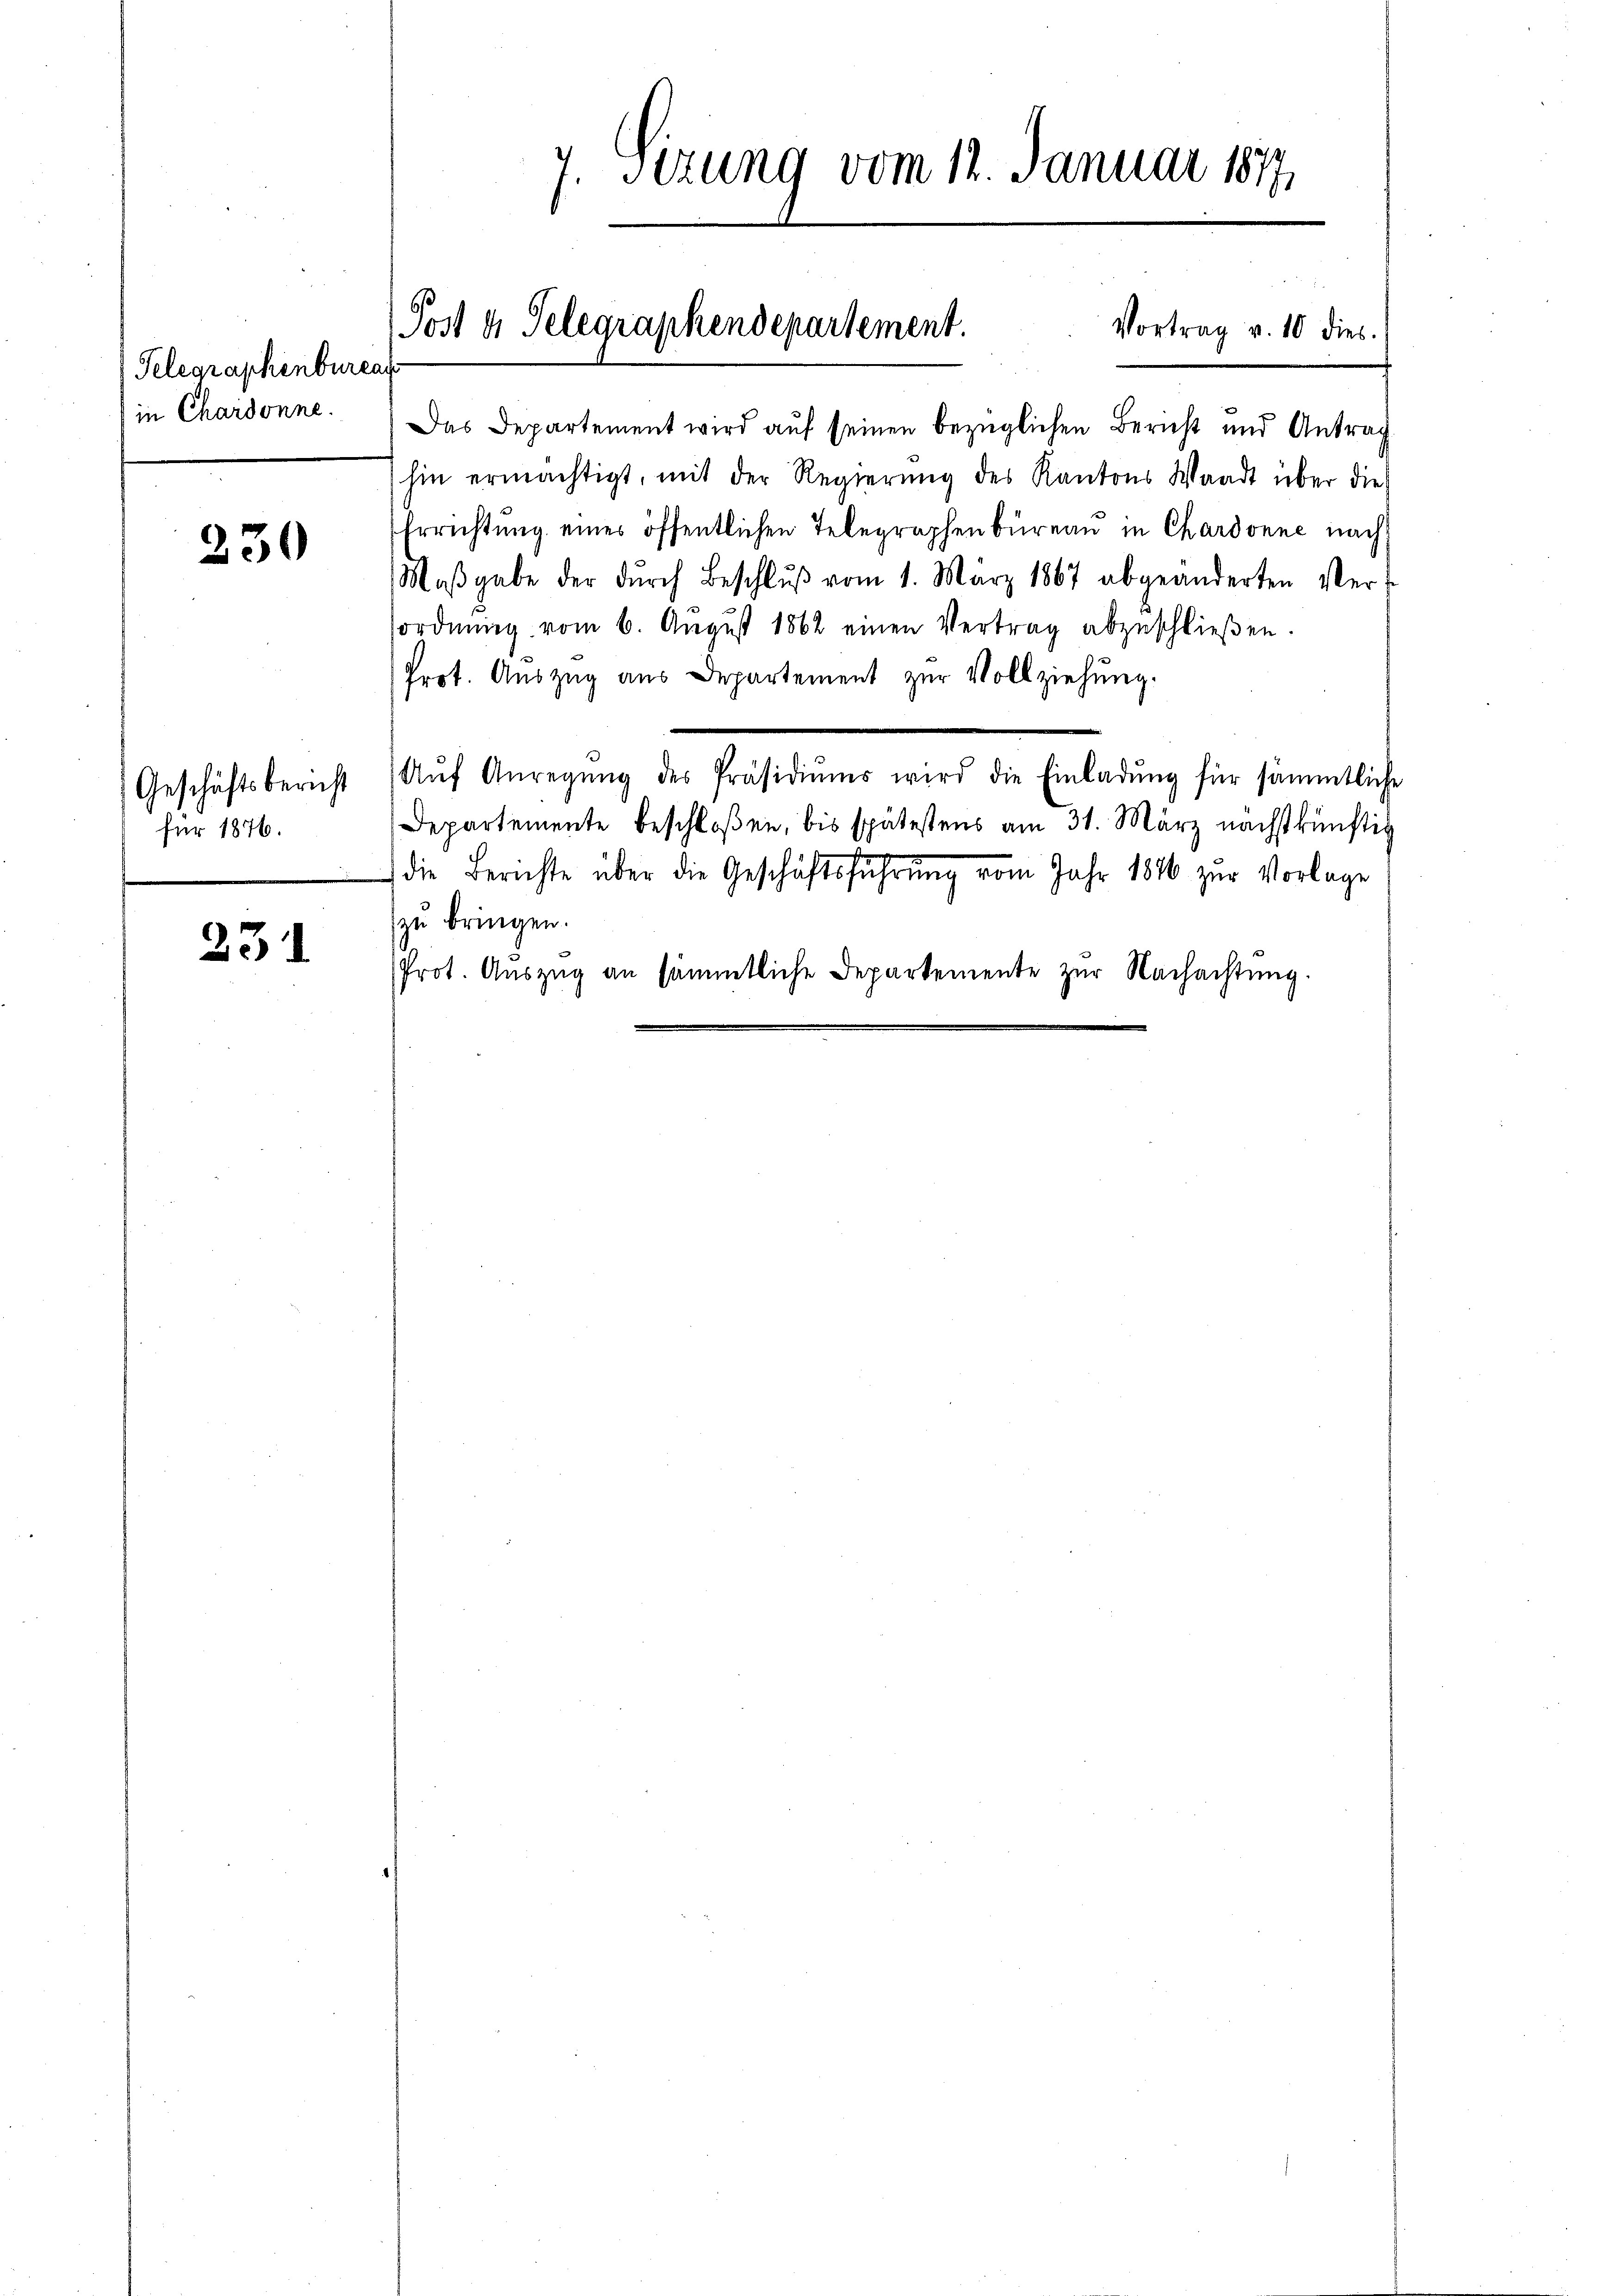
Telegraphenbureau
in Chardonne.

230

Geschäftsbericht
für 1876.

231

7. Sizung vom 12. Januar 1877

Post u. Telegraphendepartement.
Vortrag v. 10 dies

Das Departement wird auf seinen bezüglichen Bericht und Antrag
hin ermächtigt, mit der Regierung des Kantons Waadt über die
Errichtung eines öffentlichen Telegraphenbüreau in Chardonne nach
Maβgabe der dŭrch Beschlŭβ vom 1. März 1867 abgeänderten Ver-
sordnŭng vom 6. Aŭgŭst 1862 einen Vertrag abzuschlieβen.
Prot. Auszug aus Departement zur Vollziehung.
Aŭf Anregŭng des Präsidiŭms wird die Einladŭng für sämmtliche
Departemente beschloßen, bis spätestens am 31. März nächstkünftig
die Berichte über die Geschäftsführung vom Jahr 1846 zur Vorlage
zu bringen.
Prot. Auszug an sämmtliche Departemente zŭr Nachachtung.